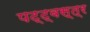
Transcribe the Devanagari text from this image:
पट्ट्वस्त्र